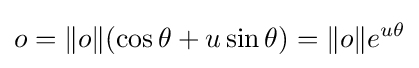
o=\|o\|(\cos \theta +u\sin \theta )=\|o\|e^{u\theta }